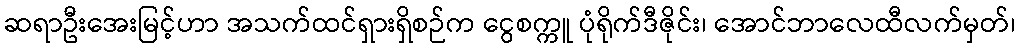
ဆရာဦးအေးမြင့်ဟာ အသက်ထင်ရှားရှိစဉ်က ငွေစက္ကူ ပုံရိုက်ဒီဇိုင်း၊ အောင်ဘာလေထီလက်မှတ်၊